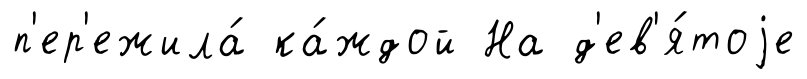
п'ер'ежила́ ка́ждой На д'ев'я́тоjе